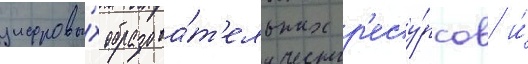
цифровы́х образова́т'ельных р'есу́рсов и́